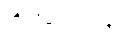
ထိုသို့မဟုတ်လျှင်